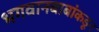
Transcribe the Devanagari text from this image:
भगवानबाबांकडून